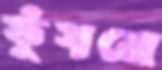
ফুঁসানো